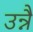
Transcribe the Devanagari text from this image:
उन्नै